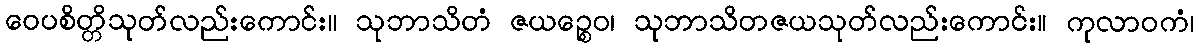
ဝေပစိတ္တိသုတ်လည်းကောင်း။ သုဘာသိတံ ဇယဉ္စေဝ၊ သုဘာသိတဇယသုတ်လည်းကောင်း။ ကုလာဝကံ၊